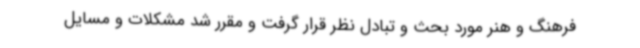
فرهنگ و هنر مورد بحث و تبادل نظر قرار گرفت و مقرر شد مشکلات و مسایل